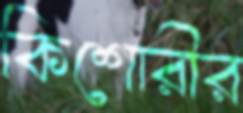
কিশোরীর